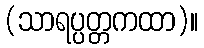
(သာရပ္ပတ္တကထာ)။